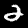
Digit: 2